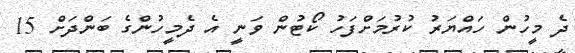
ދެ މީހުން ހައްޔަރު ކުރުމަށްފަހު ކޯޓުން ވަނީ އެ ދެމީހުންގެ ބަންދަށް 15